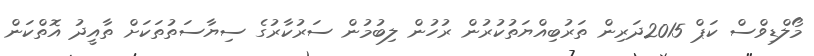
މޯލްޑިވްސް ކަޕް 2015ދަރިން ތަރުބިއްޔަތުކުރުން ރުހުން ލިބުމުން ސަރުކާރުގެ ސިޔާސަތުތަކަށް ތާއީދު އޮތްކަން